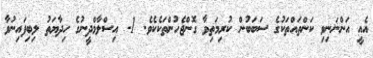
އެއީ އަންނަނިވި ކަންތައްތަކުގެ ސަބަބުން ކުރިމަތިވާ ގޮންޖެހުންތަކެކެވެ. 1- އިސްލާމްދީނުގެ ހިދާޔަތު ލިބިފައިނުވާ